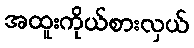
အထူးကိုယ်စားလှယ်